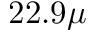
2 2 . 9 \mu